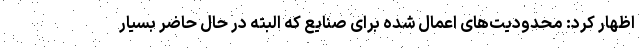
اظهار کرد: محدودیت‌های اعمال شده برای صنایع که البته در حال حاضر بسیار